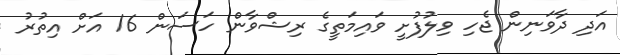
އަދި ދާވަނިން ޖެހި ވިލުފުށީ ވައިމަތީގެ ރިޝްވާން ހަސަން 16 އަށް އިތުރު